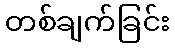
တစ်ချက်ခြင်း